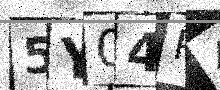
Text: 5Y04P4